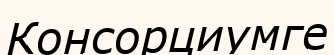
Консорциумге